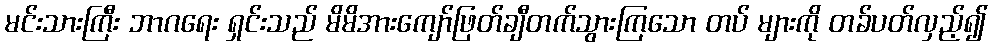
မင်းသားကြီး ဘာဂရေး ရှင်းသည် မိမိအားကျော်ဖြတ်ချီတက်သွားကြသော တပ် များကို တခ်ပတ်လှည့်၍